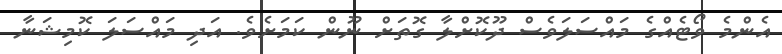
އެންމެ ވޯޓެއްގެ މައްސަލަވެސް ދޫކޮށްލާ ގޮތަށް ނޫން ކަމަށެވެ. އަދި މައްސަލަ ކޮމިޝަނާ